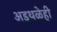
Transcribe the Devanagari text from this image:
अडथळेही